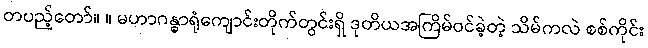
တပည့်တော်။ ။ မဟာဂန္ဓာရုံကျောင်းတိုက်တွင်းရှိ ဒုတိယအကြိမ်ဝင်ခဲ့တဲ့ သိမ်ကလဲ စစ်ကိုင်း